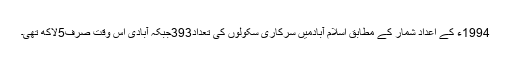
1994ء کے اعداد شمار کے مطابق اسلام آبادمیں سرکاری سکولوں کی تعداد393جبکہ آبادی اس وقت صرف5لاکھ تھی۔